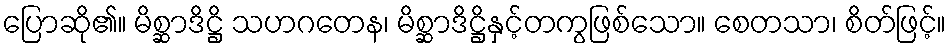
ပြောဆို၏။ မိစ္ဆာဒိဋ္ဌိ သဟဂတေန၊ မိစ္ဆာဒိဋ္ဌိနှင့်တကွဖြစ်သော။ စေတသာ၊ စိတ်ဖြင့်။